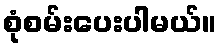
စုံစမ်းပေးပါမယ်။